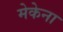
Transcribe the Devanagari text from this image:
मेकेना